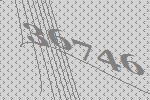
36746